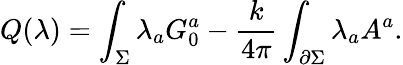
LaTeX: Q(\lambda)=\int_{\Sigma}\lambda_{a}G_{0}^{a}-{\frac{k}{4\pi}}\int_{\partial\Sigma}\lambda_{a}A^{a}.